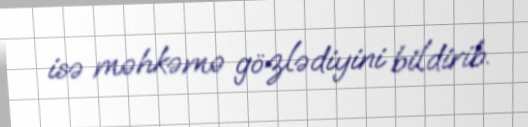
isə məhkəmə gözlədiyini bildirib.